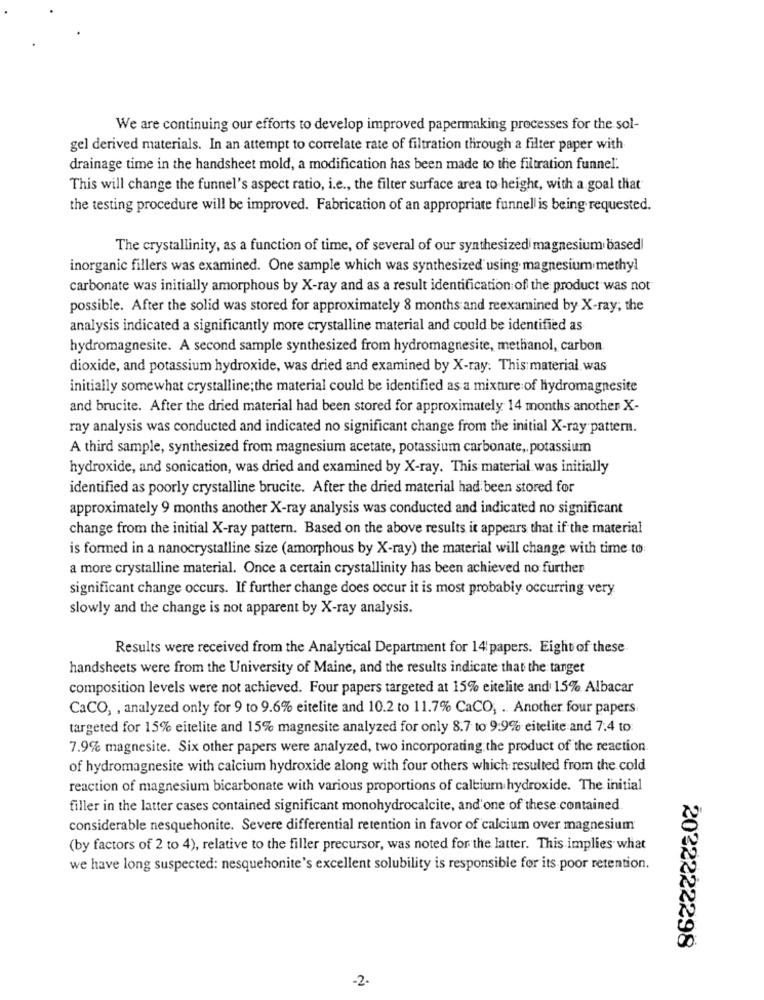
We are continuing our efforts to develop improved papermaking processes for the sol-
gel derived materials. In an attempt to correlate rate of filtration through a filter paper with
drainage time in the handsheet mold, a modification has been made to the filtration funnel.
This will change the funnel's aspect ratio, i.e ., the filter surface area to height, with a goal that
the testing procedure will be improved. Fabrication of an appropriate funnell is being requested.
The crystallinity, as a function of time, of several of our synthesized magnesium based
inorganic fillers was examined. One sample which was synthesized using magnesium methyl
carbonate was initially amorphous by X-ray and as a result identification of the product was not
possible. After the solid was stored for approximately 8 months and reexamined by X-ray; the
analysis indicated a significantly more crystalline material and could be identified as
hydromagnesite. A second sample synthesized from hydromagnesite, methanol, carbon
dioxide, and potassium hydroxide, was dried and examined by X-ray. This material was
initially somewhat crystalline; the material could be identified as a mixture of hydromagnesite
and brucite. After the dried material had been stored for approximately 14 months another X-
ray analysis was conducted and indicated no significant change from the initial X-ray pattern.
A third sample, synthesized from magnesium acetate, potassium carbonate, potassium
hydroxide, and sonication, was dried and examined by X-ray. This material was initially
identified as poorly crystalline brucite. After the dried material had been stored for
approximately 9 months another X-ray analysis was conducted and indicated no significant
change from the initial X-ray pattern. Based on the above results it appears that if the material
is formed in a nanocrystalline size (amorphous by X-ray) the material will change with time to
a more crystalline material. Once a certain crystallinity has been achieved no further
significant change occurs. If further change does occur it is most probably occurring very
slowly and the change is not apparent by X-ray analysis.
Results were received from the Analytical Department for 14 papers. Eight of these
handsheets were from the University of Maine, and the results indicate that the tanget
composition levels were not achieved. Four papers targeted at 15% eitelite and 1.5% Albacar
CaCO, , analyzed only for 9 to 9.6% eitelite and 10.2 to 11.7% CaCO, . Another four papers.
targeted for 15% eitelite and 15% magnesite analyzed for only 8.7 to 9:9% eitelite and 7.4 to:
7.9% magnesite. Six other papers were analyzed, two incorporating the product of the reaction.
of hydromagnesite with calcium hydroxide along with four others which resulted from the cold
reaction of magnesium bicarbonate with various proportions of calcium hydroxide. The initial
filler in the latter cases contained significant monohydrocalcite, and'one of these contained
considerable nesquehonite. Severe differential retention in favor of calcium over magnesium
(by factors of 2 to 4), relative to the filler precursor, was noted for the latter. This implies what
we have long suspected: nesquehonite's excellent solubility is responsible for its poor retention.
2022222298
-2-